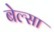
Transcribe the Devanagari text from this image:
बेल्सा